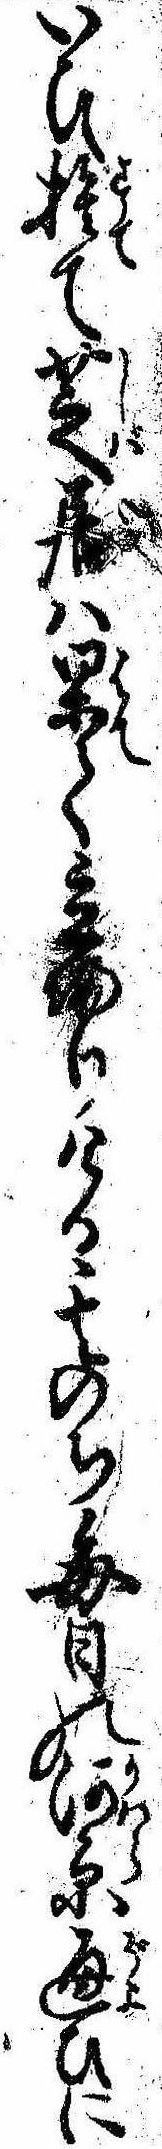
いひ捨て芝居は果て立帰りける其のち毎日の河原通ひに